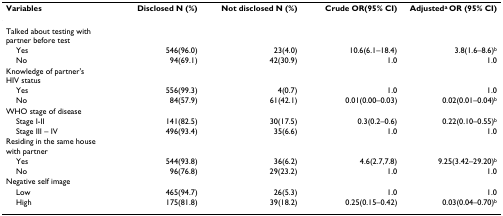
<table><thead><tr><td><b>Variables</b></td><td><b>Disclosed N (%)</b></td><td><b>Not disclosed N (%)</b></td><td><b>Crude OR(95% CI)</b></td><td><b>Adjusted<sup>a </sup>OR (95% CI)</b></td></tr></thead><tbody><tr><td>Talked about testing with partner before test</td><td></td><td></td><td></td><td></td></tr><tr><td> Yes</td><td>546(96.0)</td><td>23(4.0)</td><td>10.6(6.1–18.4)</td><td>3.8(1.6–8.6)<sup>b</sup></td></tr><tr><td> No</td><td>94(69.1)</td><td>42(30.9)</td><td>1.0</td><td>1.0</td></tr><tr><td>Knowledge of partner&#x27;s HIV status</td><td></td><td></td><td></td><td></td></tr><tr><td> Yes</td><td>556(99.3)</td><td>4(0.7)</td><td>1.0</td><td>1.0</td></tr><tr><td> No</td><td>84(57.9)</td><td>61(42.1)</td><td>0.01(0.00–0.03)</td><td>0.02(0.01–0.04)<sup>b</sup></td></tr><tr><td>WHO stage of disease</td><td></td><td></td><td></td><td></td></tr><tr><td> Stage I-II</td><td>141(82.5)</td><td>30(17.5)</td><td>0.3(0.2–0.6)</td><td>0.22(0.10–0.55)<sup>b</sup></td></tr><tr><td> Stage III – IV</td><td>496(93.4)</td><td>35(6.6)</td><td>1.0</td><td>1.0</td></tr><tr><td>Residing in the same house with partner</td><td></td><td></td><td></td><td></td></tr><tr><td> Yes</td><td>544(93.8)</td><td>36(6.2)</td><td>4.6(2.7,7.8)</td><td>9.25(3.42–29.20)<sup>b</sup></td></tr><tr><td> No</td><td>96(76.8)</td><td>29(23.2)</td><td>1.0</td><td>1.0</td></tr><tr><td>Negative self image</td><td></td><td></td><td></td><td></td></tr><tr><td> Low</td><td>465(94.7)</td><td>26(5.3)</td><td>1.0</td><td>1.0</td></tr><tr><td> High</td><td>175(81.8)</td><td>39(18.2)</td><td>0.25(0.15–0.42)</td><td>0.03(0.04–0.70)<sup>b</sup></td></tr></tbody></table>